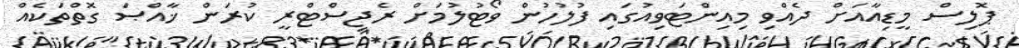
ޕޮލިސް މީޑިއާއަށް ދެއްވި މިއިންޓަވިއުގައި ފުލުހުން ވޯޓުލުމަށް ރެޖިސްޓްރީ ކުރަން ޚާއްޞަ ގޮތްތަކެއް